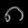
Digit: ၈